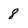
Character: 8